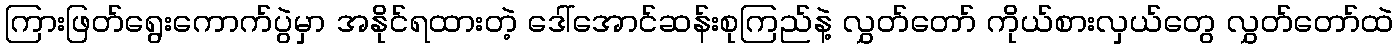
ကြားဖြတ်ရွေးကောက်ပွဲမှာ အနိုင်ရထားတဲ့ ဒေါ်အောင်ဆန်းစုကြည်နဲ့ လွှတ်တော် ကိုယ်စားလှယ်တွေ လွှတ်တော်ထဲ